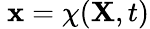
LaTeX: \ \mathbf{x}=\chi(\mathbf{X},t)